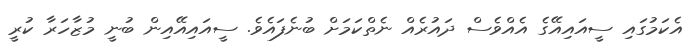
އެކަމުގައި ސީއައިއޭގެ އެއްވެސް ދައުރެއް ނެތްކަމަށް ބުނެފައެވެ. ސީއައިއޭއިން ބުނީ މުޒާހަރާ ކުރީ